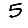
Digit: 5